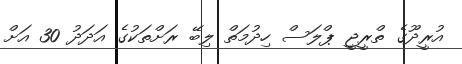
އުރީދޫގެ ތްރީޖީ ޕްލަސް ހިދުމަތް ލިބޭ ރަށްތަކުގެ އަދަދު 30 އަށް